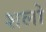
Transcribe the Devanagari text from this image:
शलो